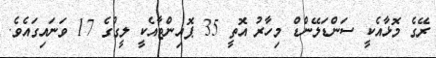
ރޭގެ މޮޅާއެކީ ސަންޑަލޭންޑް މިހާރު އޮތީ 35 ޕޮއިންޓާއެކީ ލީގުގެ 17 ވަނައިގައެވެ.